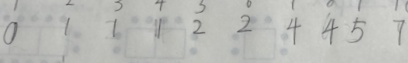
0 1 1 1 2 2 4 4 5 7